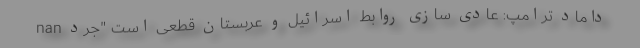
nan داماد ترامپ: عادی‌ سازی روابط اسرائیل و عربستان قطعی است "جرد